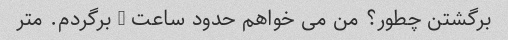
برگشتن چطور؟ من می خواهم حدود ساعت 7 برگردم. متر